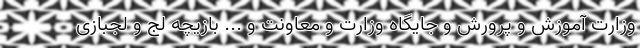
وزارت آموزش و پرورش و جایگاه وزارت و معاونت و ... بازیچه لج و لجبازی